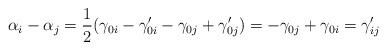
LaTeX: \begin{align*}\alpha_i-\alpha_j = \frac12(\gamma_{0i}-\gamma_{0i}' - \gamma_{0j}+\gamma_{0j}') = -\gamma_{0j}+\gamma_{0i} = \gamma_{ij}'\end{align*}